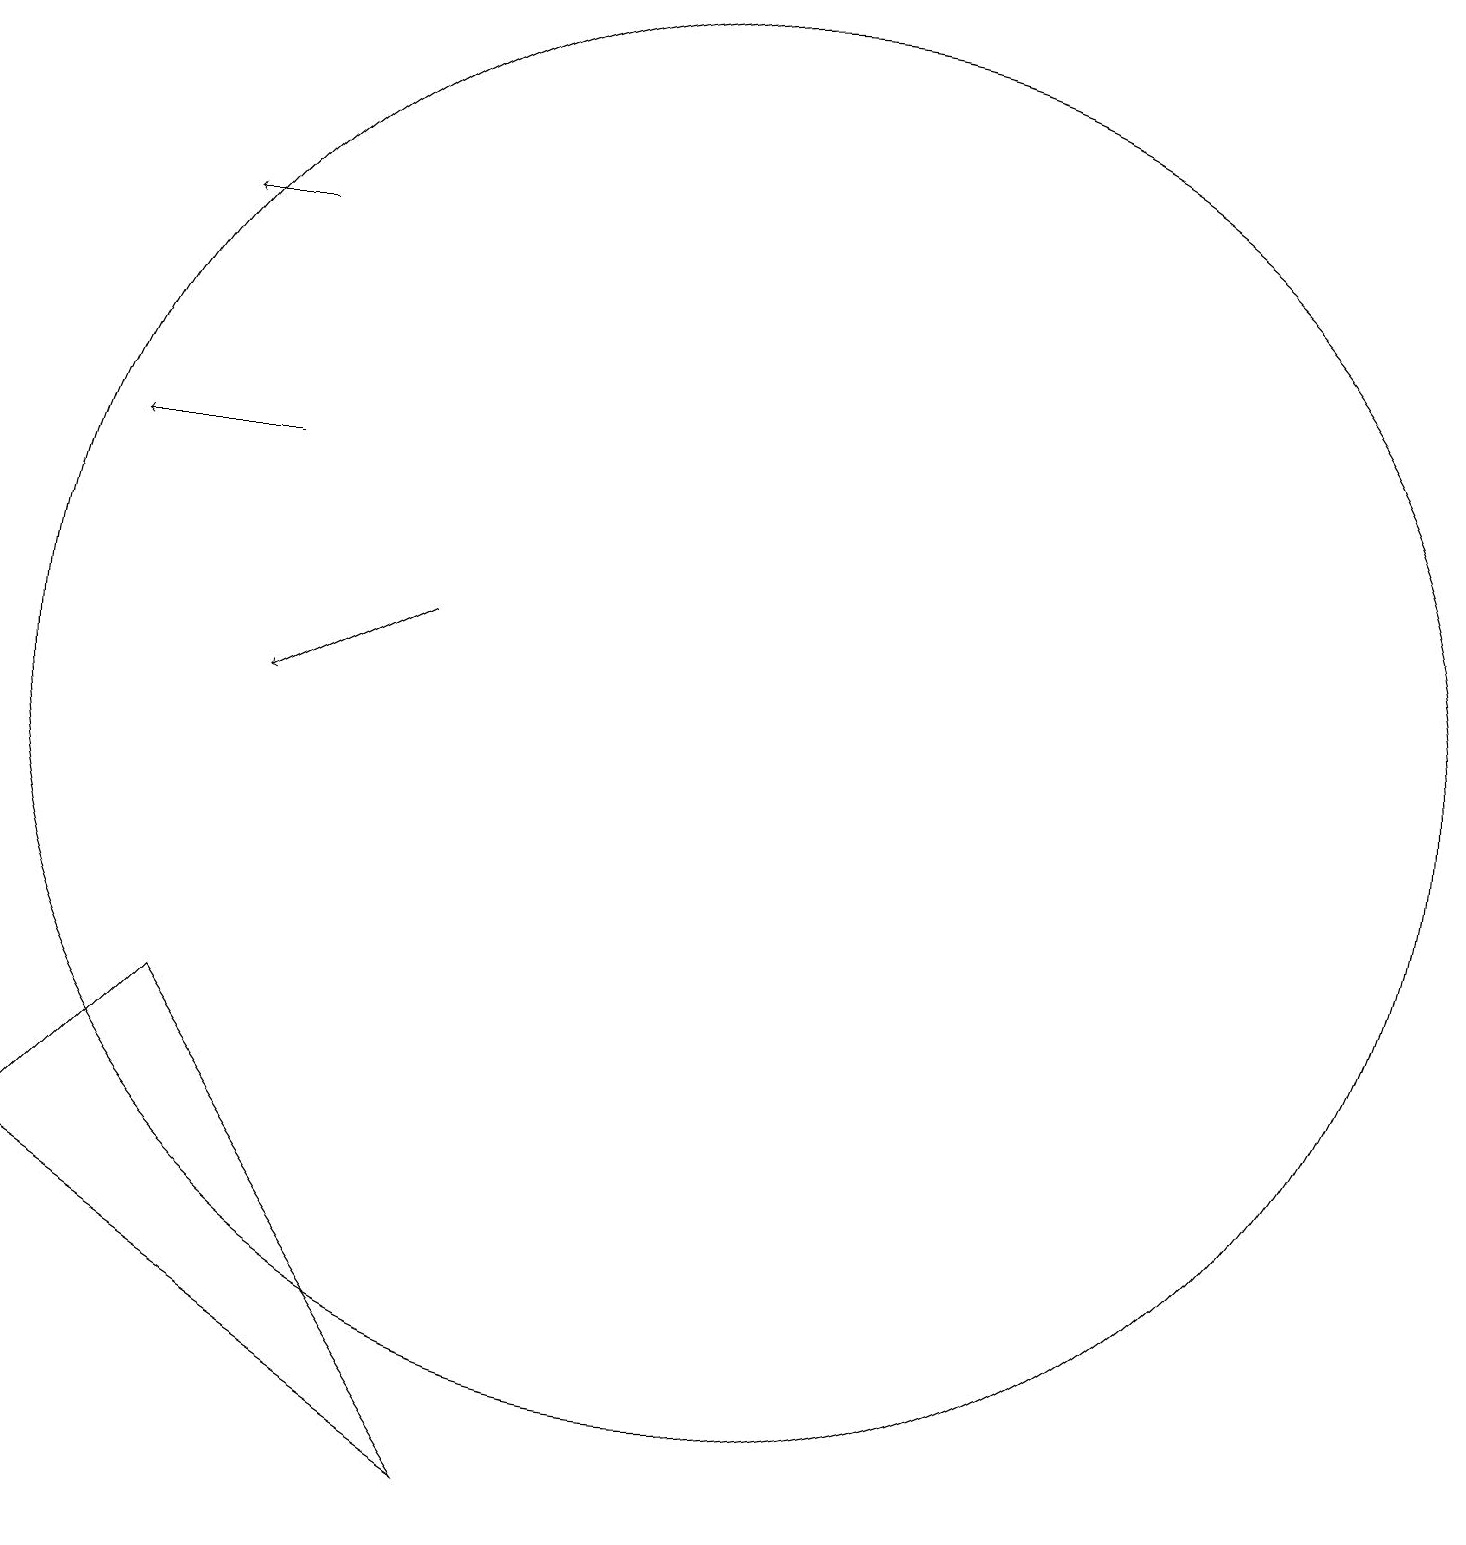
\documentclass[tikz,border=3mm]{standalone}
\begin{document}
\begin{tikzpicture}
\draw (8,2) -- (4,8) -- (2,6) -- cycle;
\draw[->] (7,13) -- (5,12);
\draw (11,12) circle (9);
\draw (12,11) circle (0);
\draw[->] (5,15) -- (3,15);
\draw[->] (5,18) -- (4,18);
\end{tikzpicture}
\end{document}